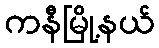
ကနီမြို့နယ်